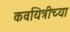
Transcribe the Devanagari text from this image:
कवयित्रीच्या